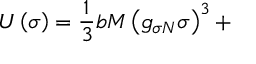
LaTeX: U \left( \sigma \right) = \frac { 1 } { 3 } b M \left( g _ { \sigma N } \sigma \right) ^ { 3 } +